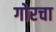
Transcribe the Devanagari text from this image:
गोरचा